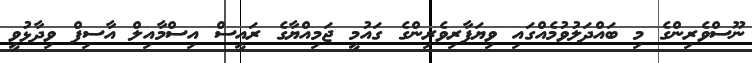
ނޫސްވެރިންގެ މި ބައްދަލުވުމެއްގައި ވިޔަފާރިވެރިންގެ ގައުމީ ޖަމިއްޔާގެ ރައީސް އިސްމާއިލް އާސިފް ވިދާޅުވީ